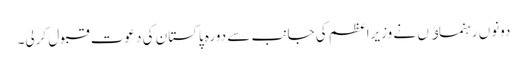
دونوں رہنماﺅں نے وزیراعظم کی جانب سے دورہ پاکستان کی دعوت قبول کرلی۔